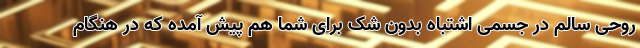
روحی سالم در جسمی اشتباه بدون شک برای شما هم پیش آمده که در هنگام